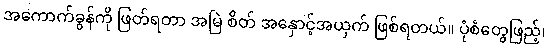
အကောက်ခွန်ကို ဖြတ်ရတာ အမြဲ စိတ် အနှောင့်အယှက် ဖြစ်ရတယ်။ ပုံစံတွေဖြည့်၊